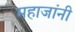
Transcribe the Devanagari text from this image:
महाजांनी